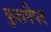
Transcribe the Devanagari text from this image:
कुलपैपर